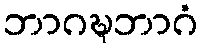
ဘာဂဍ္ဎဘာဂံ